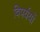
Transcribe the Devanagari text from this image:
विपर्ययों